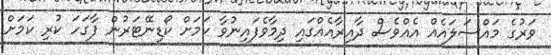
ވަރުގެ މައްސަލައެއް އެއްވެސް ދާއިރާއެއްގައި ދިމާވެފައިނުވާ ކަމަށް ކޯޑިނޭޓަރުން ފާގަހަ ކުރި ކަމަށް